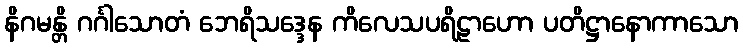
နိဂမန္တိ ဂင်္ဂါသောတံ ဘေရိသဒ္ဒေန ကိလေသပရိဠာဟော ပတိဋ္ဌာနောကာသော